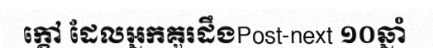
ក្តៅ ដែលអ្នកគួរដឹងPost-next ១០ឆ្នាំ